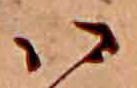
ハ